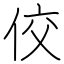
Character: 佼